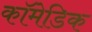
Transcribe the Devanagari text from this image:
कॉमेडिक